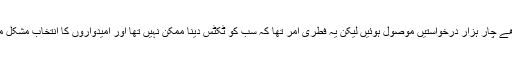
ہمیں ساڑھے چار ہزار درخواستیں موصول ہوئیں لیکن یہ فطری امر تھا کہ سب کو ٹکٹس دینا ممکن نہیں تھا اور امیدواروں کا انتخاب مشکل مرحلہ تھا۔